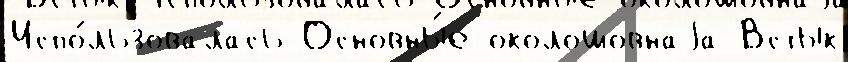
Испо́льзовалась Основны́е околошовнаjа Встык